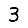
Digit: 3